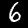
Digit: 6